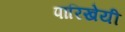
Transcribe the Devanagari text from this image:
पारिखेयी